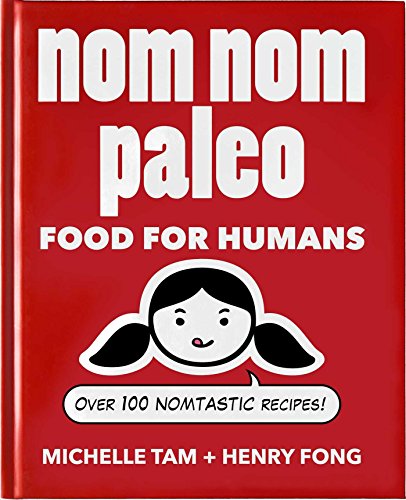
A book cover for Nom Nom Paleo: Food for Humans; Michelle Tam; Cookbooks, Food & Wine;